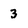
Character: 3